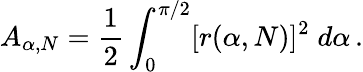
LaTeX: A_{\alpha,N}=\frac{1}{2}\int_{0}^{\pi/2}[r(\alpha,N)]^{2}\; d\alpha\, .